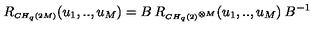
R _ { \scriptscriptstyle C H _ { q } ( 2 M ) } ( u _ { 1 } , . . , u _ { M } ) = B \: R _ { \scriptscriptstyle C H _ { q } ( 2 ) ^ { \otimes M } } ( u _ { 1 } , . . , u _ { M } ) \: B ^ { - 1 } \,